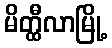
မိတ္ထီလာမြို့